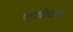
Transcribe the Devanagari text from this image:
एकोदेव